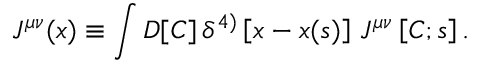
J ^ { \mu \nu } ( x ) \equiv \int D [ C ] \, \delta ^ { 4 ) } \left[ x - x ( s ) \right] \, J ^ { \mu \nu } \left[ C ; s \right] .